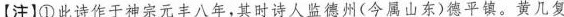
【注】①此诗作于神宗元丰八年，其时诗人监德州(今属山东)德平镇。黄几复